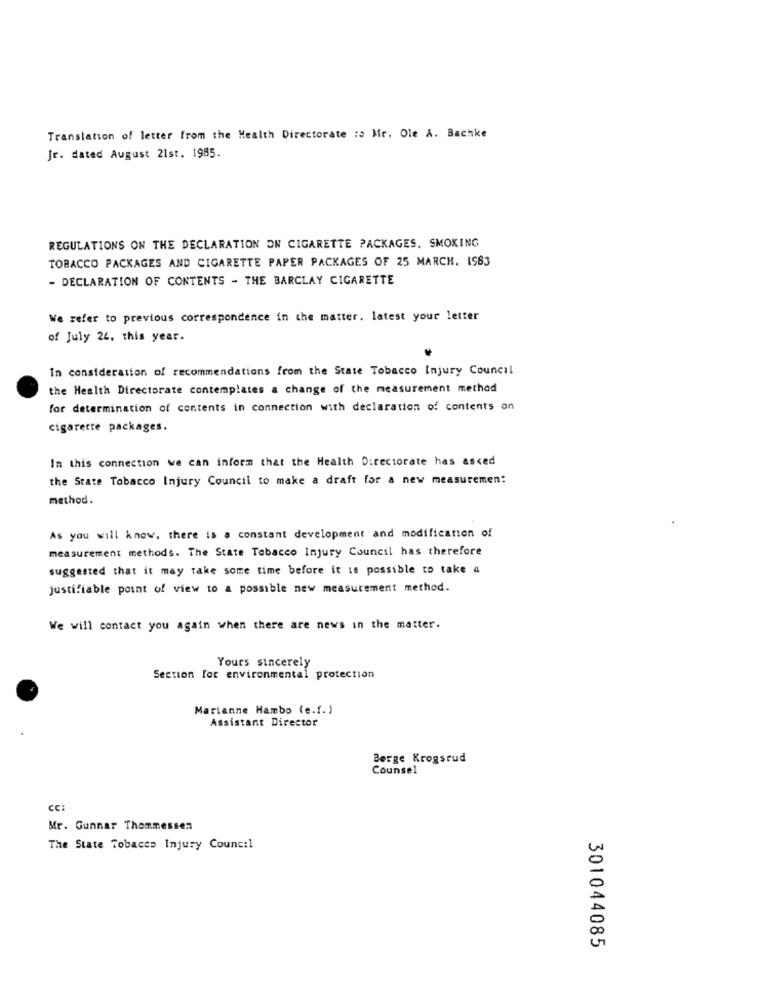
Translation of letter from the Health Directorate :a Mr. Ole A. Bachke
Jr. dated August 21st. 1985.
REGULATIONS ON THE DECLARATION ON CIGARETTE PACKAGES, SMOKING
TOBACCO PACKAGES AND CIGARETTE PAPER PACKAGES OF 25 MARCH. 1983
- DECLARATION OF CONTENTS - THE BARCLAY CIGARETTE
We refer to previous correspondence in the matter. latest your letter
of July 24. this year.
In consideration of recommendations from the State Tobacco Injury Council
the Health Directorate contemplates a change of the measurement method
for determination of contents in connection with declaration of contents on
cigarette packages.
In this connection we can inform that the Health Directorate has asked
the State Tobacco Injury Council to make a draft for a new measuremen:
method.
As you will know, there is a constant development and modification of
measurement methods. The State Tobacco Injury Council has therefore
suggested that it may take some time before it is possible to take a
justifiable point of view to a possible new measurement method.
We will contact you again when there are news in the matter.
Yours sincerely
Section for environmental protection
Marianne Hambo (e.f. )
Assistant Director
Berge Krogsrud
Counsel
cc:
Mr. Gunnar Thommessen
The State Tobacco Injury Council
301044085